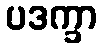
ပဒက္ခာ